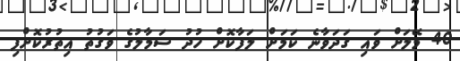
40 މޭލަށް ވައި ގަދަވާނެ ކަމަށް ލަފާކޮށް ހުދު ސަމާލުގެ ވަގުތު އިތުރުކޮށްފި